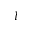
l